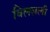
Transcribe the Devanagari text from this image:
विलसली